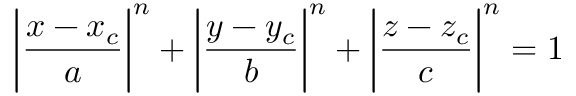
\displaystyle { \bigg | \frac { x - x _ { c } } { a } \bigg | ^ { n } + \bigg | \frac { y - y _ { c } } { b } \bigg | ^ { n } + \bigg | \frac { z - z _ { c } } { c } \bigg | ^ { n } = 1 }